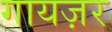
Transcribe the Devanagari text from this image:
गायज़र